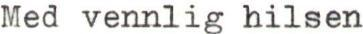
Med vennlig hilsen